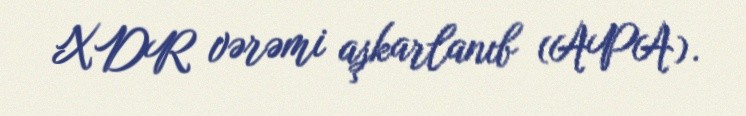
XDR vərəmi aşkarlanıb (APA).